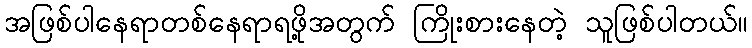
အဖြစ်ပါနေရာတစ်နေရာရဖို့အတွက် ကြိုးစားနေတဲ့ သူဖြစ်ပါတယ်။